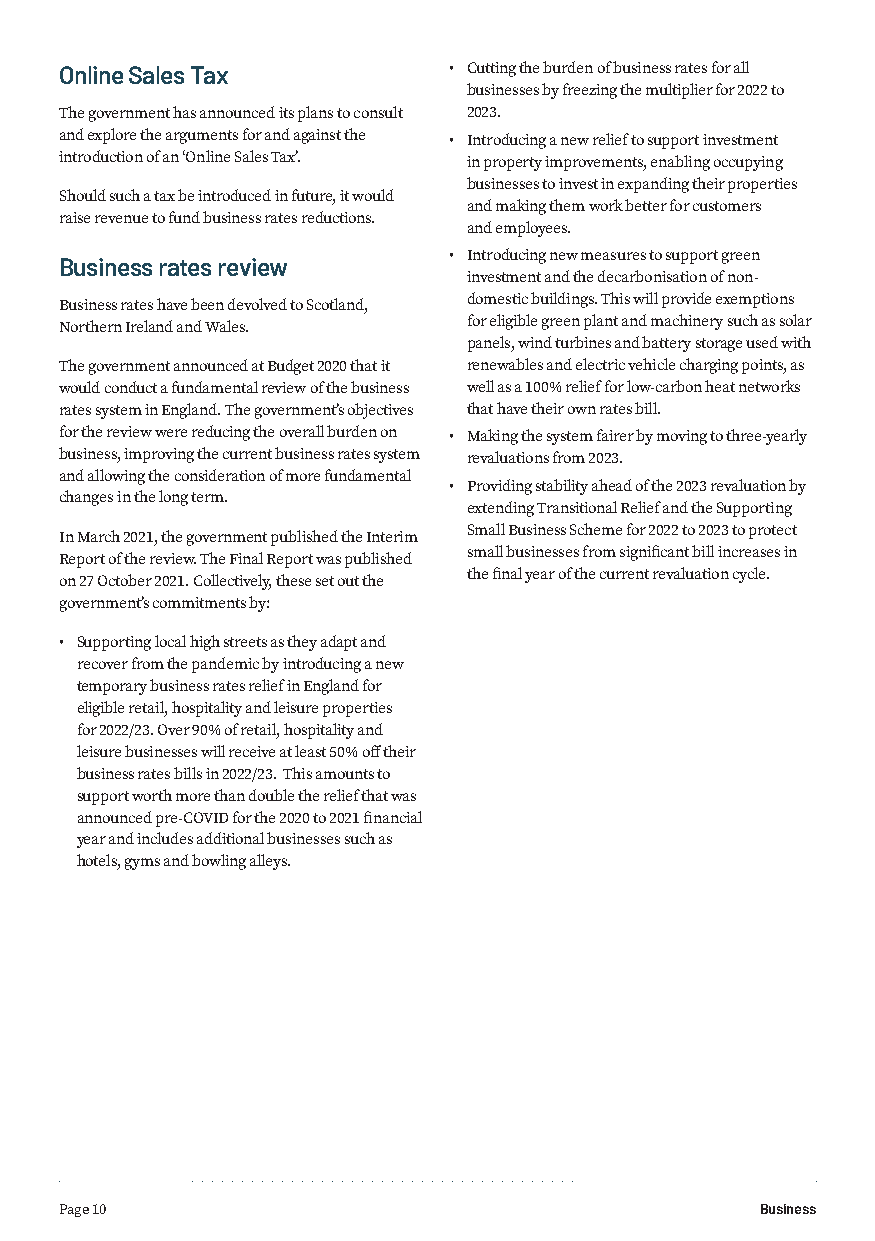
Online Sales Tax          • Cutting the burden of business rates for all
 businesses by freezing the multiplier for 2022 to
 The government has announced its plans to consult 2023.
 and explore the arguments for and against the • Introducing a new relief to support investment
 introduction of an ‘Online Sales Tax’. in property improvements, enabling occupying
 businesses to invest in expanding their properties
 Should such a tax be introduced in future, it would
 and making them work better for customers
 raise revenue to fund business rates reductions.
 and employees.
 • Introducing new measures to support green
 Business rates review
 investment and the decarbonisation of non-
 Business rates have been devolved to Scotland, domestic buildings. This will provide exemptions
 Northern Ireland and Wales. for eligible green plant and machinery such as solar
 panels, wind turbines and battery storage used with
 The government announced at Budget 2020 that it renewables and electric vehicle charging points, as
 would conduct a fundamental review of the business well as a 100% relief for low-carbon heat networks
 rates system in England. The government’s objectives that have their own rates bill.
 for the review were reducing the overall burden on • Making the system fairer by moving to three-yearly
 business, improving the current business rates system revaluations from 2023.
 and allowing the consideration of more fundamental
 • Providing stability ahead of the 2023 revaluation by
 changes in the long term.
 extending Transitional Relief and the Supporting
 Small Business Scheme for 2022 to 2023 to protect
 In March 2021, the government published the Interim
 small businesses from significant bill increases in
 Report of the review. The Final Report was published
 the final year of the current revaluation cycle.
 on 27 October 2021. Collectively, these set out the
 government’s commitments by:
 • Supporting local high streets as they adapt and
 recover from the pandemic by introducing a new
 temporary business rates relief in England for
 eligible retail, hospitality and leisure properties
 for 2022/23. Over 90% of retail, hospitality and
 leisure businesses will receive at least 50% off their
 business rates bills in 2022/23. This amounts to
 support worth more than double the relief that was
 announced pre-COVID for the 2020 to 2021 financial
 year and includes additional businesses such as
 hotels, gyms and bowling alleys.
 Page 10                                       Business